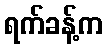
ရက်ခန့်က